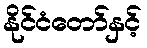
နိုင်ငံတော်နှင့်